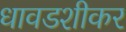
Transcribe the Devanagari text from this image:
धावडशीकर